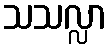
သသလ္လာ